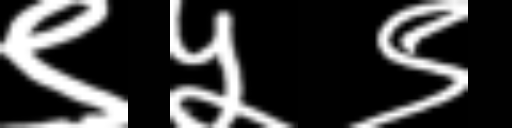
Text: ९५९